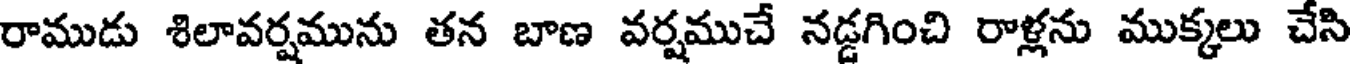
రాముడు శిలావర్షమును తన బాణ వర్షముచే నడ్డగించి రాళ్లను ముక్కలు చేసి